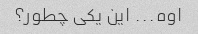
اوه... این یکی چطور؟